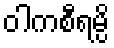
ဝါကစီရမ္ပိ